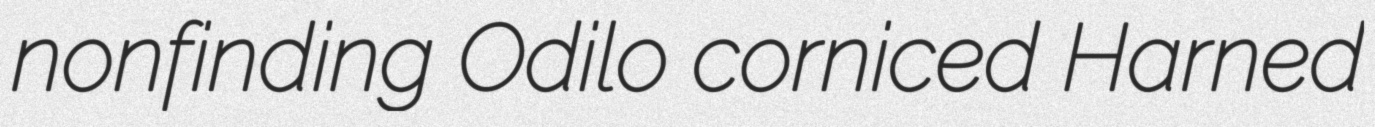
nonfinding Odilo corniced Harned